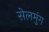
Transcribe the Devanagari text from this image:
सेलमुंग